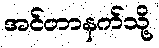
အင်တာနက်သို့